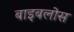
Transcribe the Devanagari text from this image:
बाइबलोस